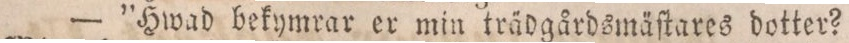
— ”Hwad bekymrar er min trädgårdsmäſtares dotter?